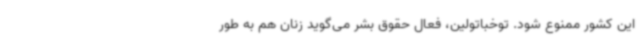
این کشور ممنوع شود. توخباتولین، فعال حقوق بشر می‌گوید زنان هم به طور